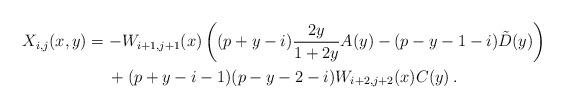
LaTeX: \begin{align*}X_{i,j}(x,y) &= -W_{i+1,j+1}(x)\left( (p+y-i)\frac{2y}{1+2y}A(y)-(p-y-1-i)\tilde{D}(y)\right) \\&\quad\;+(p+y-i-1) (p-y-2-i)W_{i+2,j+2}(x)C(y)\,.\end{align*}